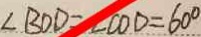
\angle B O D = \angle C O D = 6 0 ^ { \circ }